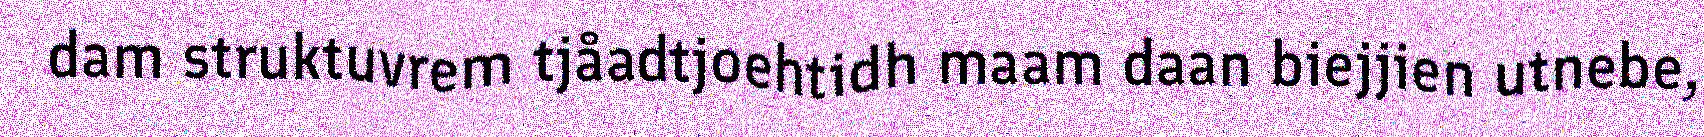
dam struktuvrem tjåadtjoehtidh maam daan biejjien utnebe,